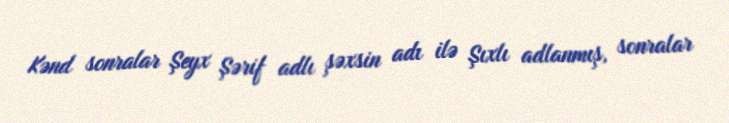
Kənd sonralar Şeyx Şərif adlı şəxsin adı ilə Şıxlı adlanmış, sonralar